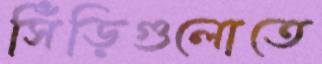
সিঁড়িগুলোতে